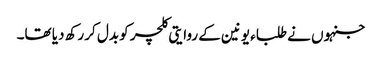
جنہوں نے طلباء یونین کے روایتی کلچر کو بدل کر رکھ دیا تھا۔